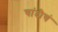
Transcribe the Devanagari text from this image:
चांदीचं